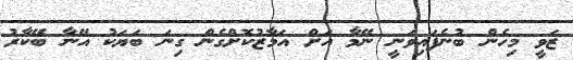
ޒަވީ މިހެން ބުނެފައިވަނީ ނޭމާ އަށް އަމާޒުކޮށްގެން ގިނަ ބަޔަކު އޭނާ ބޭކާރު